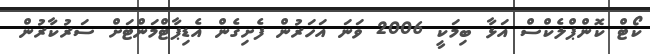
ކޯޓް ކޮންޕްލެކްސް އަޅާ ބިމަކީ 2006 ވަނަ އަހަރުން ފެށިގެން އެޑިޕާޓްމަންޓަށް ސަރުކާރުން